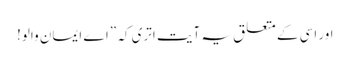
اور اسی کے متعلق یہ آیت اتری کہ ”اے ایمان والو!